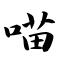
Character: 喵